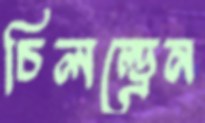
চিলল্ড্রেন